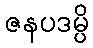
ဇနပဒမ္ပိ